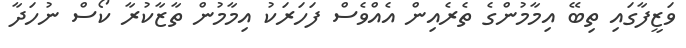
ވަޒީފާގައި ތިބޭ އިމާމުންގެ ތެރެއިން އެއްވެސް ފަހަރަކު އިމާމުން ތާޒާކުރާ ކޯސް ނުހަދާ